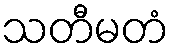
သတီမတံ